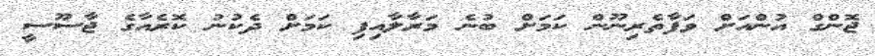
ޖޮންގް އުންއަށް ވަފާތެރިނޫން ކަމަށް ބުނެ މަރާލާއިފި ކަމަށް ދެކުނު ކޮރެއާގެ ޖާސޫސީ